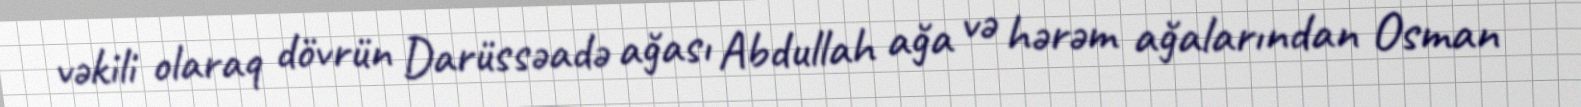
vəkili olaraq dövrün Darüssəadə ağası Abdullah ağa və hərəm ağalarından Osman